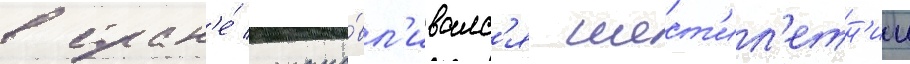
в стран'е́ устана́вл'ивалс'я шест'ил'етн'ии